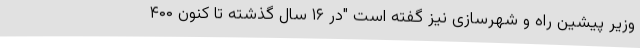
وزیر پیشین راه و شهرسازی نیز گفته است "در ۱۶ سال گذشته تا کنون ۴۰۰